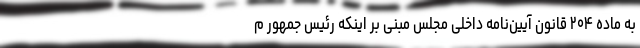
به ماده ۲۰۴ قانون آیین‌نامه داخلی مجلس مبنی بر اینکه رئیس جمهور م